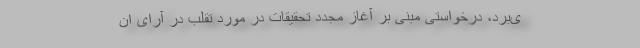
ی‌برد، درخواستی مبنی بر آغاز مجدد تحقیقات در مورد تقلب در آرای ان